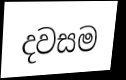
දවසම